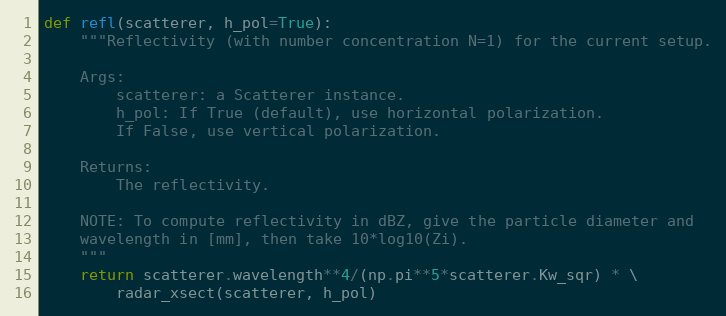
Language: Python
def refl(scatterer, h_pol=True):
    """Reflectivity (with number concentration N=1) for the current setup.

    Args:
        scatterer: a Scatterer instance.
        h_pol: If True (default), use horizontal polarization.
        If False, use vertical polarization.

    Returns:
        The reflectivity.

    NOTE: To compute reflectivity in dBZ, give the particle diameter and
    wavelength in [mm], then take 10*log10(Zi).
    """
    return scatterer.wavelength**4/(np.pi**5*scatterer.Kw_sqr) * \
        radar_xsect(scatterer, h_pol)